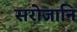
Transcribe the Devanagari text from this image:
सरोजानि